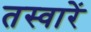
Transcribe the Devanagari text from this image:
तस्‍वारें